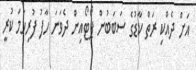
އަށް ދެއްކި ރަތް ކާޑުގެ ސަބަބުން ޕޯޓޯއިން ދެވަނަ ހާފު ފުރިހަމަ ކުރީ